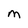
Character: M